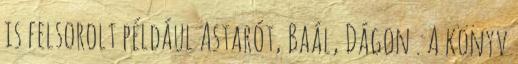
is felsorolt például Astarót, Baál, Dágon . A könyv